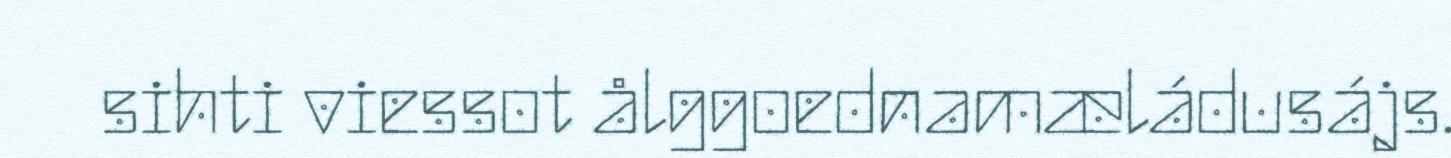
sihti viessot ålggoednamæládusájs.